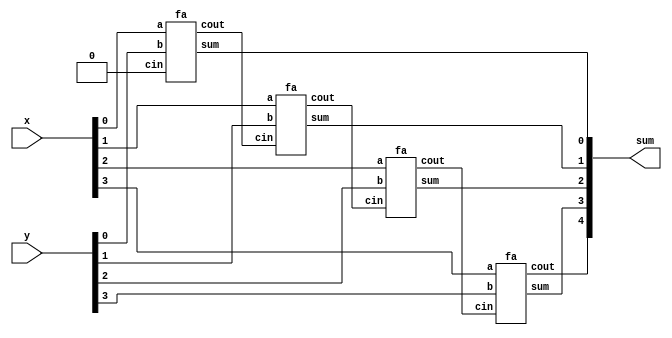
module top_module #(
    parameter BIT_DATA = 4,
    parameter SUM_DATA = 5
) (
    input [BIT_DATA-1:0] x,
    input [BIT_DATA-1:0] y, 
    output [SUM_DATA-1:0] sum
);
    wire [BIT_DATA-1:0] cout;

    fa rca[BIT_DATA-1:0](x, y, {cout[BIT_DATA-2:0], 1'b0}, cout, sum[BIT_DATA-1:0]);

    assign sum[BIT_DATA] = cout[BIT_DATA-1];

endmodule

module fa (
    input a, b, cin,
    output cout, sum
);

    assign cout = a&cin | b&cin | a&b;
    assign sum = a ^ b ^ cin;
    
endmodule